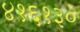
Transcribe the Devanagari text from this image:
४१६१३०